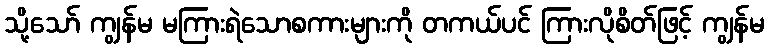
သို့သော် ကျွန်မ မကြားရဲသောစကားများကို တကယ်ပင် ကြားလိုစိတ်ဖြင့် ကျွန်မ